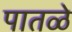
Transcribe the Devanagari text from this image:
पातळे